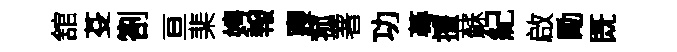
舘芟劄亘棐娉報寢菰著功蕚擅蘇紀啟勵既